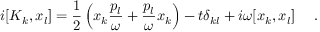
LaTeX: i [ K _ { k } , x _ { l } ] = \frac { 1 } { 2 } \left( x _ { k } \frac { p _ { l } } { \omega } + \frac { p _ { l } } { \omega } x _ { k } \right) - t \delta _ { k l } + i \omega [ x _ { k } , x _ { l } ] ~ ~ ~ ~ .